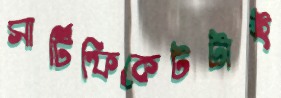
সার্টিফিকেটটাই